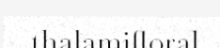
thalamifloral